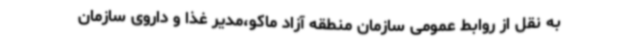
به نقل از روابط عمومی سازمان منطقه آزاد ماکو،مدیر غذا و داروی سازمان